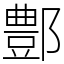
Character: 鄷